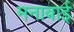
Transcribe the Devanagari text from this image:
मनाबाई